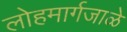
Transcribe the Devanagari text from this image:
लोहमार्गजाळे